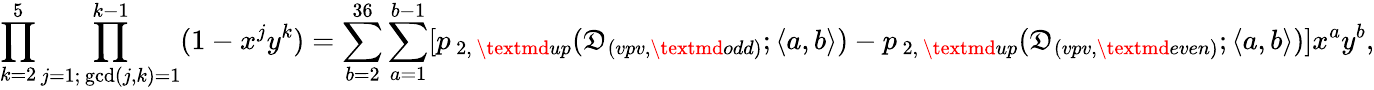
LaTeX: \prod_{k=2}^{5}\prod_{\substack{j=1;\, \operatorname*{gcd}(j,k)=1}}^{k-1}(1-x^{j}y^{k})=\sum_{b=2}^{36}\sum_{a=1}^{b-1}[p_{\, 2,\, \textmd{up}}(\mathfrak{D}_{(vpv,\textmd{odd})};\langle a,b\rangle)-p_{\, 2,\, \textmd{up}}(\mathfrak{D}_{(vpv,\textmd{even})};\langle a,b\rangle)]x^{a}y^{b},